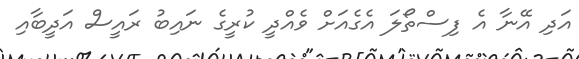
އަދި އޭނާ އެ ފިސްތޯލަ އެގެއަށް ވެއްދީ ކުރީގެ ނައިބު ރައީސް އަދީބާއި